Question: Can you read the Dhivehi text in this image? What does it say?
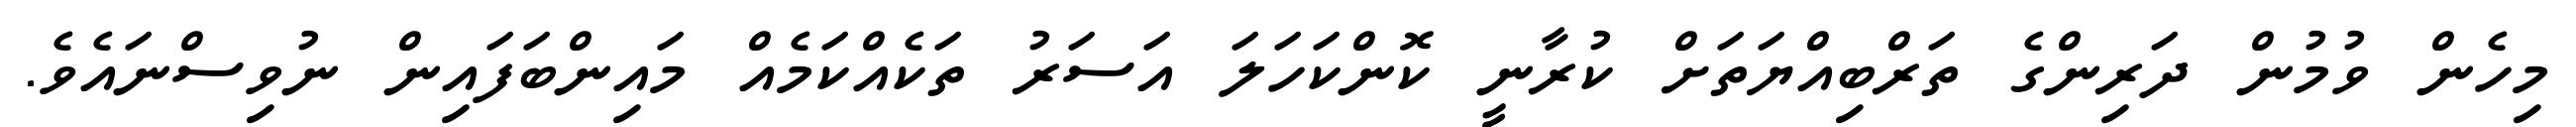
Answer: މިހެން ވުމުން ދަރިންގެ ތަރްބިއްޔަތަށް ކުރާނީ ކޮންކަހަލަ އަސަރު ތަކެއްކަމެއް މައިންބަފައިން ނުވިސްނައެވެ.